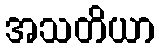
အသတိယာ